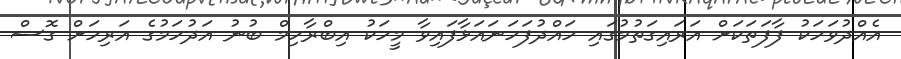
އެއްދުވަހަކު ފާފަތަކަށް އަރައިގަތުމުގައި ހައްދުފަހަނައަޅާފައިވާ މީހަކު އިބްރާހިމް ބުނު އަދުހަމުގެ އަރިހަށް ގޮސް